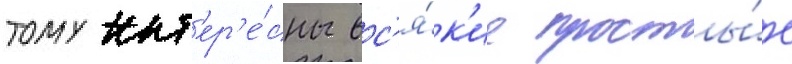
тому инт'ер'е́сны вс'я́к'ие просты́е